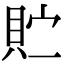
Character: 𫎓